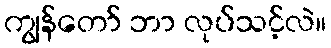
ကျွန်တော် ဘာ လုပ်သင့်လဲ။